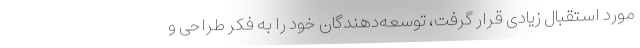
مورد استقبال زیادی قرار گرفت، توسعه‌دهندگان خود را به فکر طراحی و